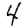
Digit: 4